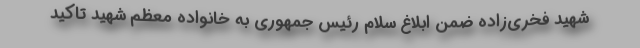
شهید فخری‌زاده ضمن ابلاغ سلام رئیس جمهوری به خانواده معظم شهید تاکید